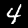
Digit: 4